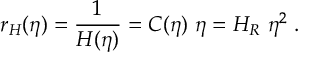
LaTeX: r _ { H } ( \eta ) = \frac { 1 } { H ( \eta ) } = C ( \eta ) ~ \eta = H _ { R } ~ \eta ^ { 2 } \; .